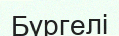
Бүргелі